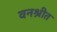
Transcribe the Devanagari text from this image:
वनश्रीत